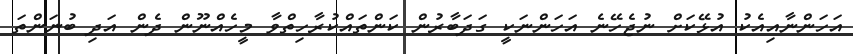
އަހަންނާއިއެކު އުޅޭކަށް ނުޖެހޭނެ އަހަންނަކީ ގަދަބާރުން ކަންތައްކުރާހިތްވާ މީހެއްނޫން ދެން އަދި ބުނަންތަ